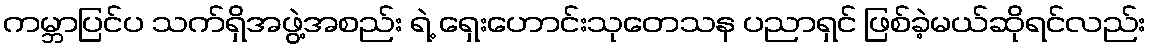
ကမ္ဘာပြင်ပ သက်ရှိအဖွဲ့အစည်း ရဲ့ ရှေးဟောင်းသုတေသန ပညာရှင် ဖြစ်ခဲ့မယ်ဆိုရင်လည်း